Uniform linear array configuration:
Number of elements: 64
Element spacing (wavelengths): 0.25
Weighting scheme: hamming
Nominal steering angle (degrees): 45
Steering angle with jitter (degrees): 44.817
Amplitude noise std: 0.05
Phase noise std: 0.05

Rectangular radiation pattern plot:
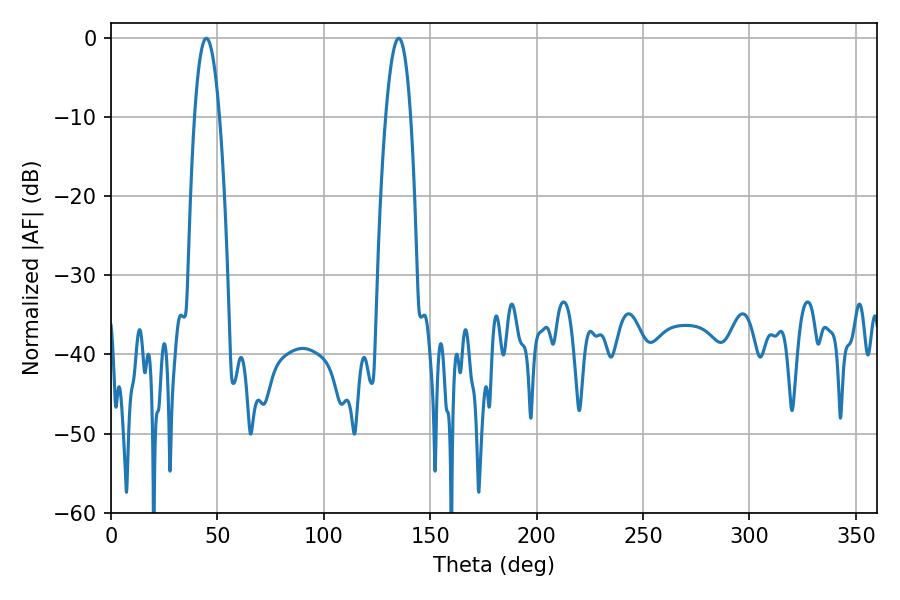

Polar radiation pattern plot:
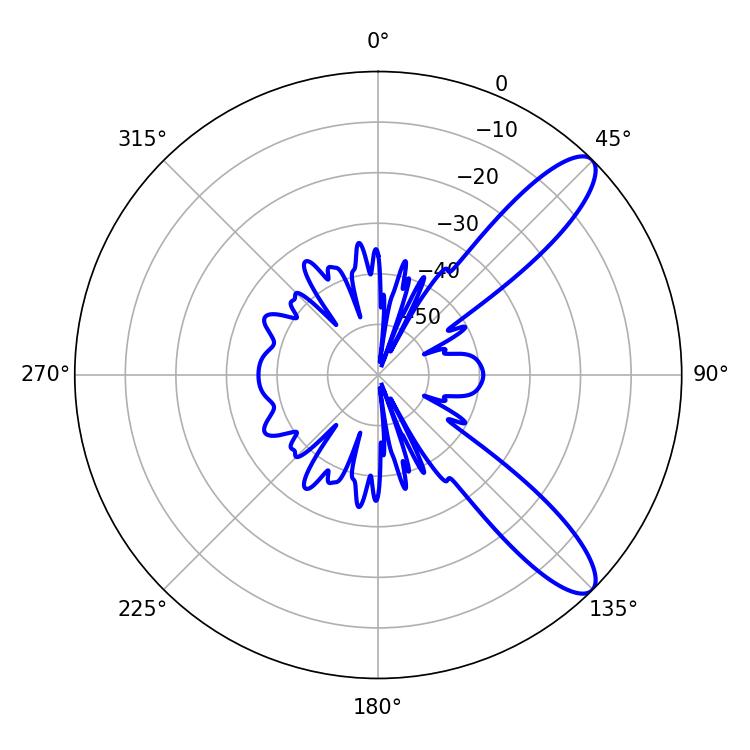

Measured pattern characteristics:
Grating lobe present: FALSE
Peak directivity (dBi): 10.663
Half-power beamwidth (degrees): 6.48
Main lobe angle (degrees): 44.82